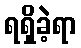
ရရှိခဲ့ရာ